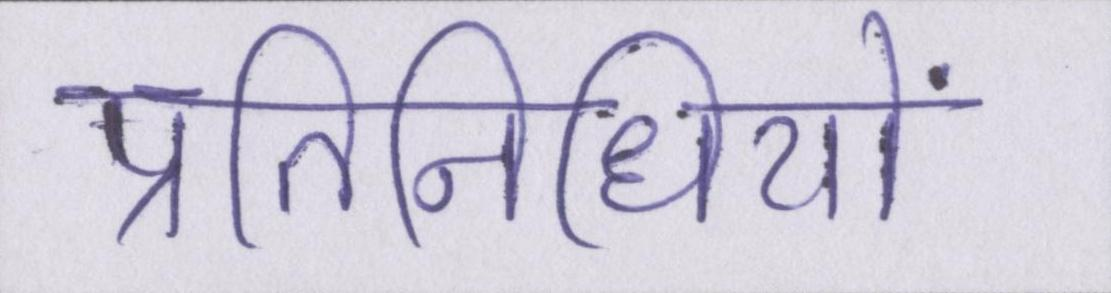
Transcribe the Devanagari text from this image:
प्रतिनिधियों